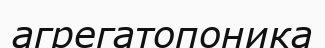
агрегатопоника